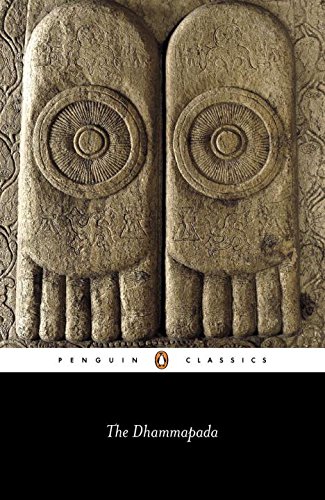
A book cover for The Dhammapada: The Path of Perfection (Penguin Classics); Anonymous; Religion & Spirituality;